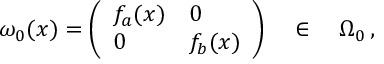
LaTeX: \omega _ { 0 } ( x ) = \left( \begin{array} { l l } { { f _ { a } ( x ) } } & { { 0 } } \\ { { 0 } } & { { f _ { b } ( x ) } } \end{array} \right) \quad \in \quad \Omega _ { 0 } \, ,